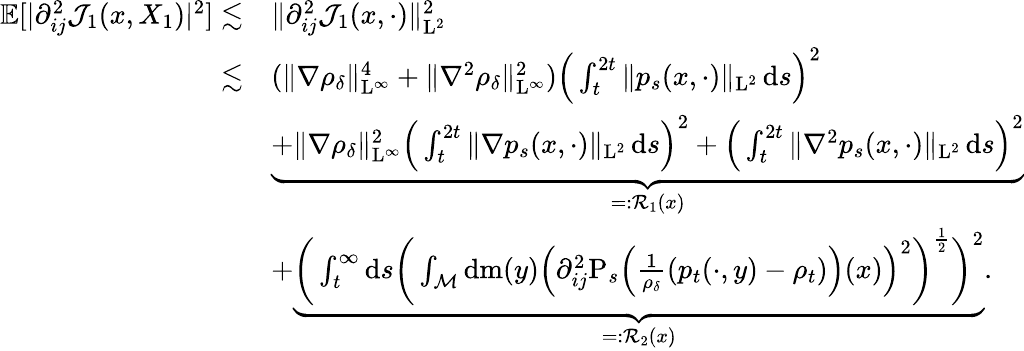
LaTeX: \begin{array}{rl}{\mathbb{E}[\vert\partial_{ij}^{2}\mathcal{J}_{1}(x,X_{1})\vert^{2}]\lesssim}&{\| \partial_{ij}^{2}\mathcal{J}_{1}(x,\cdot)\| _{\mathrm{L}^{2}}^{2}}\\ {\lesssim}&{(\| \nabla\rho_{\delta}\| _{\mathrm{L}^{\infty}}^{4}+\| \nabla^{2}\rho_{\delta}\| _{\mathrm{L}^{\infty}}^{2})\Big(\int_{t}^{2t}\| p_{s}(x,\cdot)\| _{\mathrm{L}^{2}}\, \mathrm{d}s\Big)^{2}}\\ &{\underbrace{+\| \nabla\rho_{\delta}\| _{\mathrm{L}^{\infty}}^{2}\Big(\int_{t}^{2t}\| \nabla p_{s}(x,\cdot)\| _{\mathrm{L}^{2}}\, \mathrm{d}s\Big)^{2}+\Big(\int_{t}^{2t}\| \nabla^{2}p_{s}(x,\cdot)\| _{\mathrm{L}^{2}}\, \mathrm{d}s\Big)^{2}}_{=:\mathcal{R}_{1}(x)}}\\ &{+\underbrace{\bigg(\int_{t}^{\infty}\mathrm{d}s\bigg(\int_{\mathcal{M}}\mathrm{d}\mathrm{m}(y)\Big(\partial_{ij}^{2}\mathrm{P}_{s}\Big(\frac{1}{\rho_{\delta}}(p_{t}(\cdot,y)-\rho_{t})\Big)(x)\Big)^{2}\bigg)^{\frac{1}{2}}\bigg)^{2}}_{=:\mathcal{R}_{2}(x)}.}\end{array}